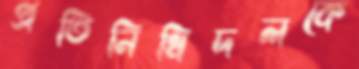
প্রতিনিধিদলকে